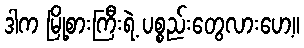
ဒါက မြို့စားကြီးရဲ့ ပစ္စည်းတွေလားဟေ့။